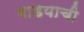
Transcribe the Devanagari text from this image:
भाडयाची